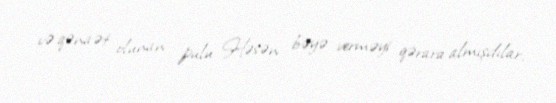
və qənaət olunan pulu Həsən bəyə verməyi qərara almışdılar.